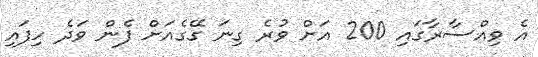
އެ ވިއްސާރާގައި 200 އަށް ވުރެ ގިނަ ގޭގެއަށް ފެން ވަދެ ހިފައި